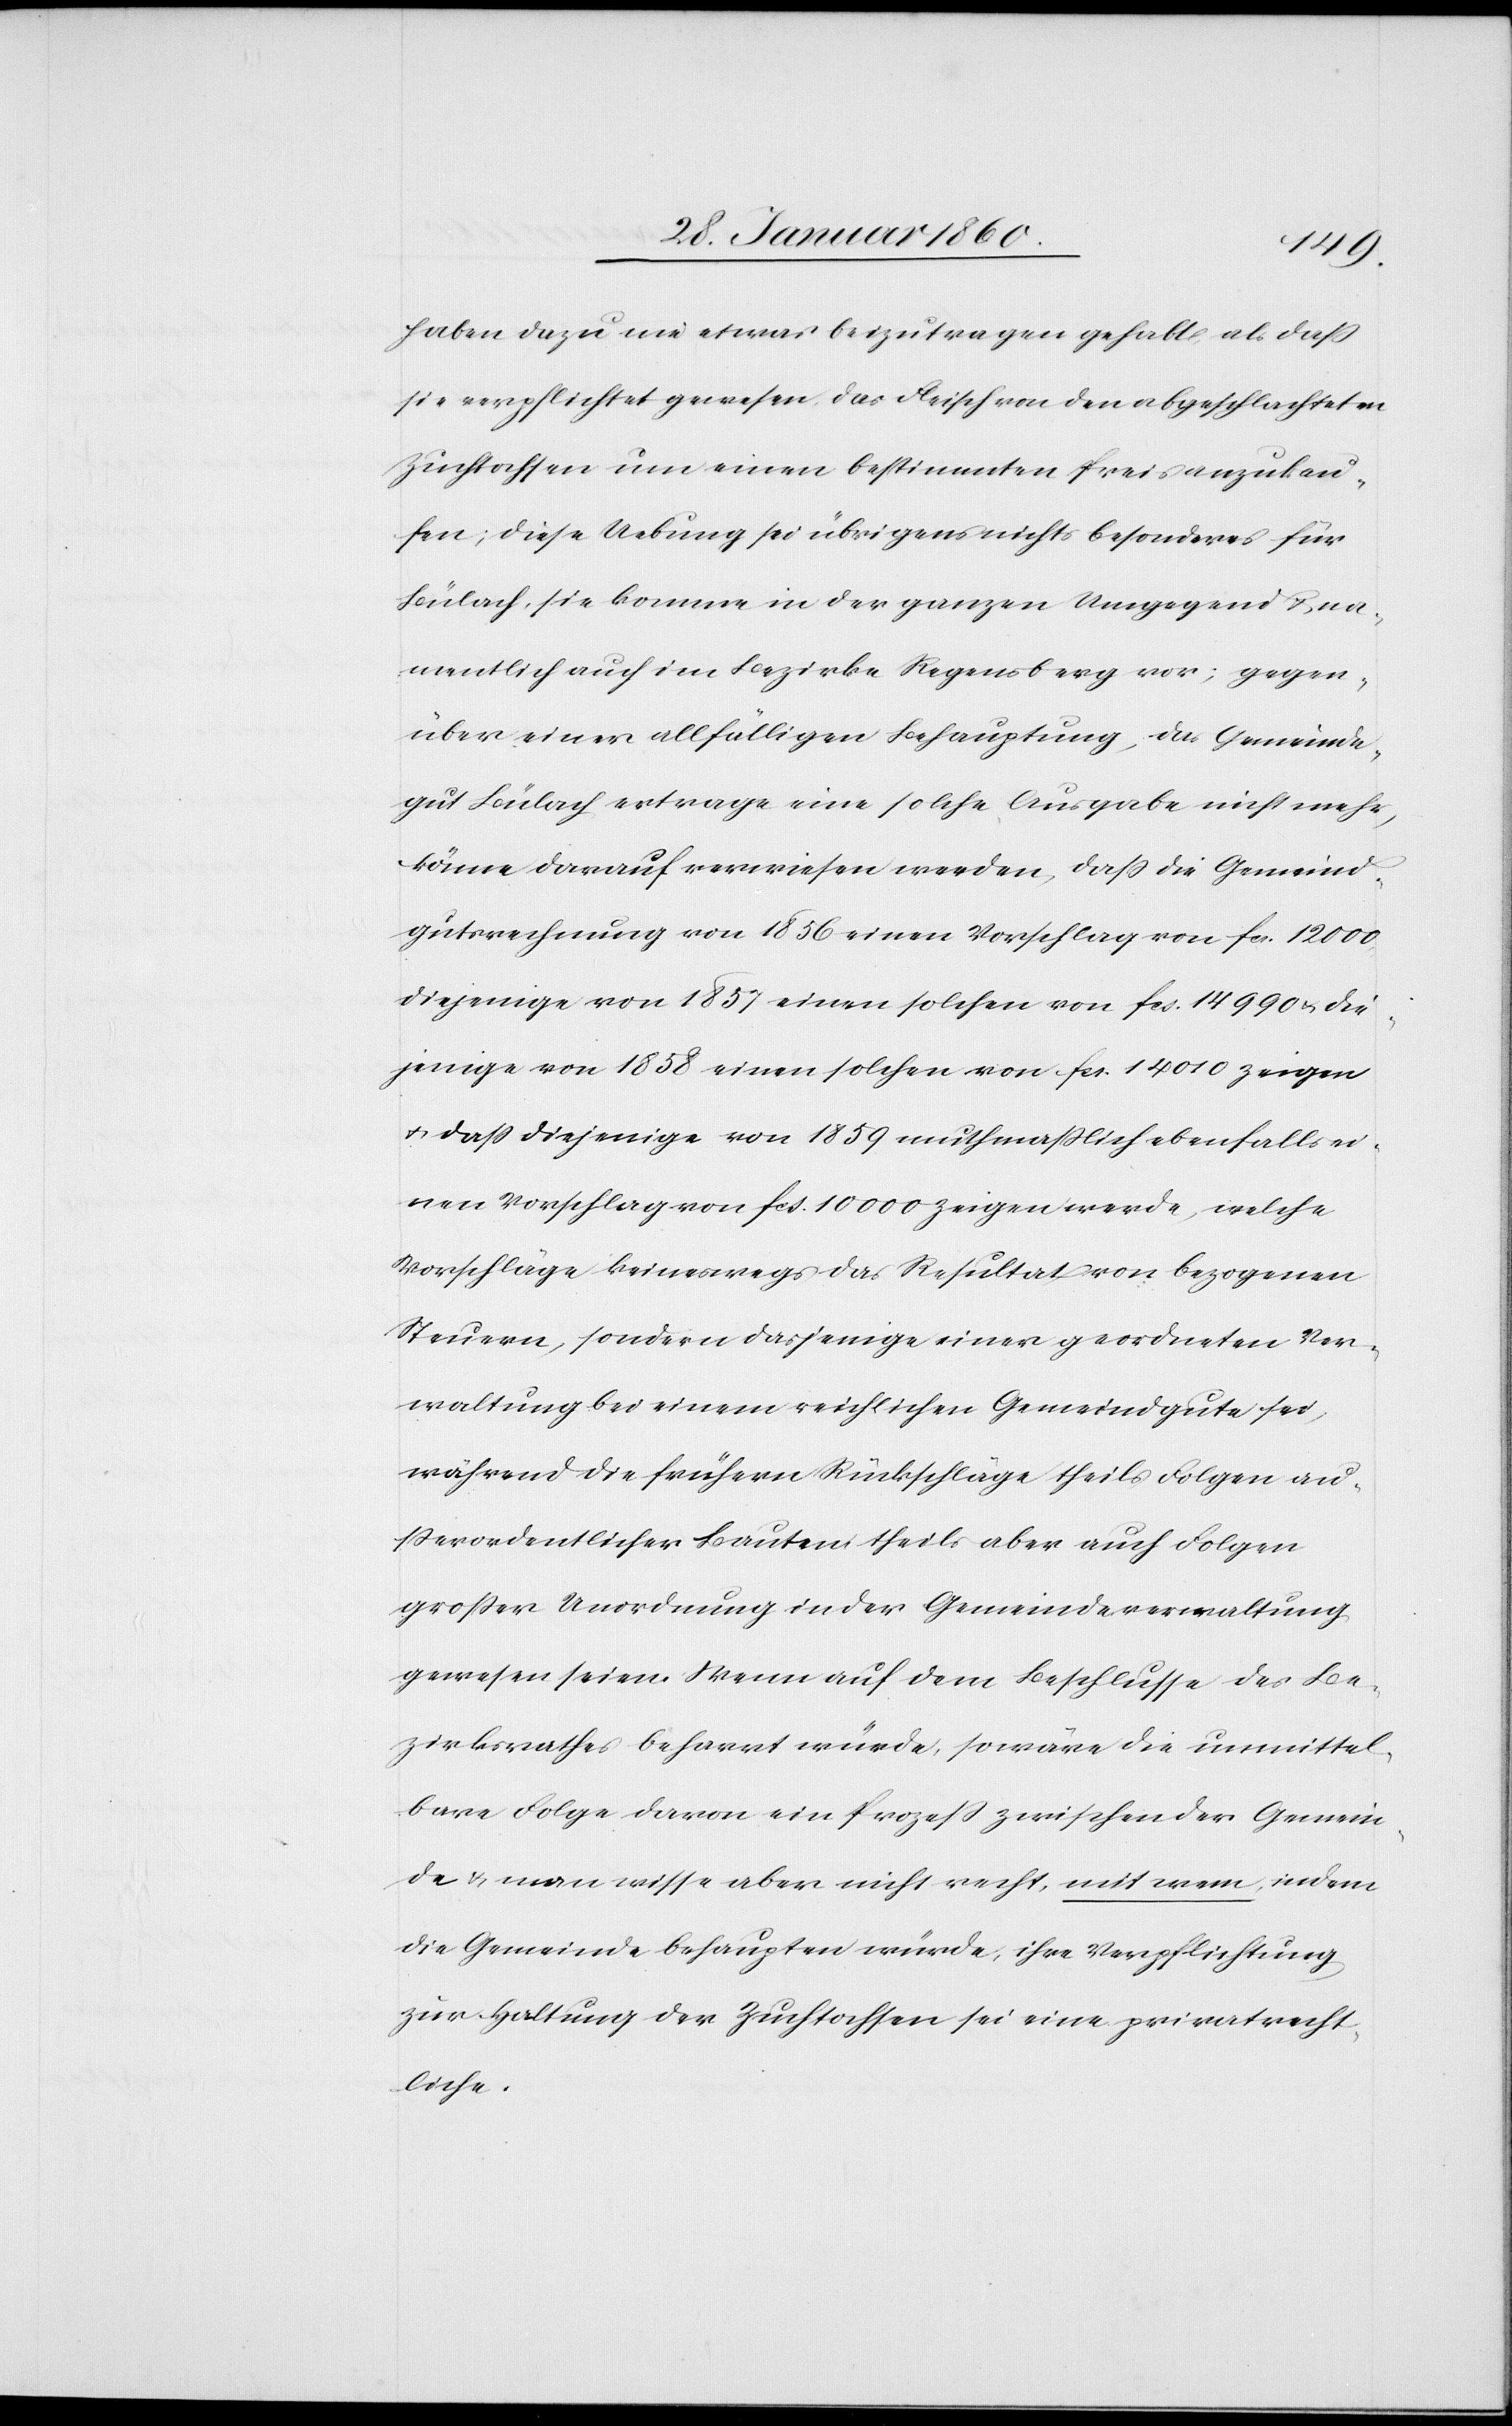
haben dazu nie etwas beizutragen gehabt als dass
sie verpflichtet gewesen das Fleisch von dem abgeschlachteten
Zuchtochsen um einen bestimmten Preis anzukau¬
fen; diese Uebung sei übrigens nichts besonderes für
Bülach, sie komme in der ganzen Umgegend na¬
mentlich auch im Bezirke Regensberg vor; gegen¬
über einer allfälligen Behauptung, das Gemeinde¬
gut Bülach ertrage eine solche Ausgabe nicht mehr,
könne darauf verwiesen werde, dass die Gemeind¬
gutsrechnung von 1856 einen Vorschlag von fcs. 12 000,
diejenigen von 1857 einen solchen von fcs. 14 990 u. die¬
jenigen von 1858 einen solchen von fcs. 14 010 zeigen
u. dass diejenige von 1859 muthmasslich ebenfalls ei¬
nen Vorschlag von fcs. 10 000 zeigen werde, welche
Vorschläge keineswegs das Resultat von bezogenen
Steuern, sondern dasjenige einer geordneten Ver¬
waltung bei einem reichlichen Gemeindgute sei,
während die frühern Rückschläge theils Folgen au¬
sserordentlicher Bauten theils aber auch Folgen
großer Unordnung in der Gemeindeverwaltung
gewesen seien. Wenn auf dem Beschlusse des Be¬
zirksrathes beharrt würde, so wäre die unmittel¬
bare Folge davon ein Prozess zwischen der Gemein¬
de u. man wisse aber nicht recht, mit wem, indem
die Gemeinde behaupten würde, ihre Verpflichtung
zur Haltung der Zuchtochsen sei eine privatrecht¬
liche.